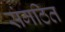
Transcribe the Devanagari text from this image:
संगठित